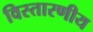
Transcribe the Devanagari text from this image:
विस्तारणीय